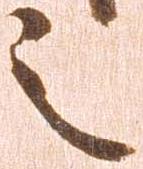
之